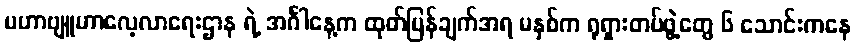
မဟာဗျူဟာလေ့လာရေးဌာန ရဲ့ အင်္ဂါနေ့က ထုတ်ပြန်ချက်အရ မနှစ်က ရုရှားတပ်ဖွဲ့တွေ ၆ သောင်းကနေ